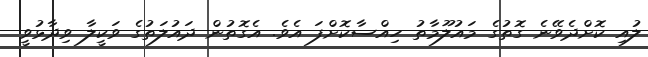
ލުއި ކޮށްދެވޭނެ ގޮތުގެ މައުލޫމާތު ހިއްސާކޮށްފަ އެވެ. އެގޮތުން ދައުލަތުގެ ވަކީލާ ވިދާޅުވީ